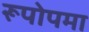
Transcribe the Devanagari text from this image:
रूपोपमा